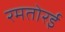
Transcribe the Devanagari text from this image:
रमतोरई